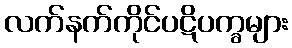
လက်နက်ကိုင်ပဋိပက္ခများ